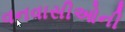
વનવાસીઓની